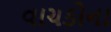
વાચકોના